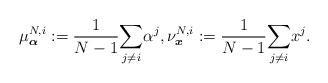
LaTeX: \begin{align*} \mu^{N,i}_{\boldsymbol{\alpha}}:=\frac{1}{N-1}\underset{j\neq i}{\sum} \alpha^j, \nu^{N,i}_{\boldsymbol{x}}:=\frac{1}{N-1}\underset{j\neq i}{\sum} x^j.\end{align*}